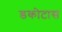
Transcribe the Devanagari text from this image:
डकोटास